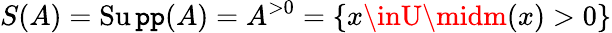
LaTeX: S(A)=\operatorname{Su\mathtt{p}\mathtt{p}}(A)=A^{>0}=\{ x\inU\midm(x)>0\}